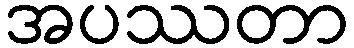
အပဿတာ